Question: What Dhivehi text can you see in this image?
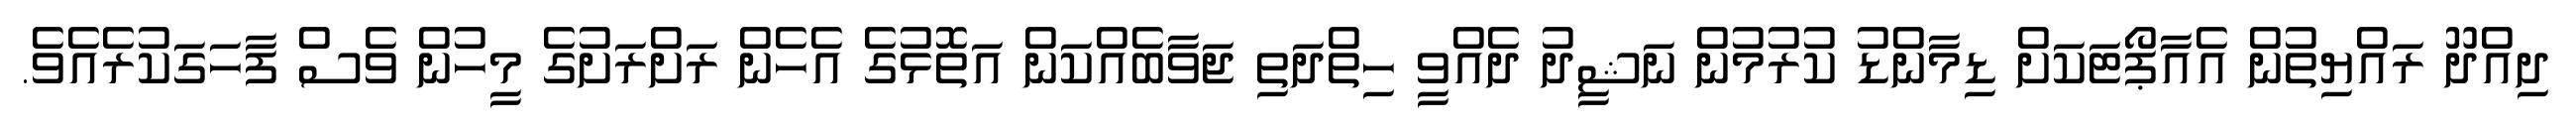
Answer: ދިއްދޫ ރައްޔިތުން އެއާޕޯޓަކަށް ޑިމާންޑު ކުރުމުން ނަޝީދު ދެއްވީ ހިތްދަތި ޖަވާބެއްކަން އަތޮޅުގެ އެހެން ރަށްރަށުގެ މީހުން ވެސް ފާހަގަކުރެއެވެ.